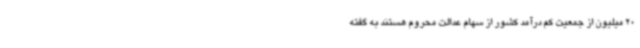
20 میلیون از جمعیت کم درآمد کشور از سهام عدالت محروم هستند به گفته